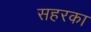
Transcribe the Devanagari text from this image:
सहरका